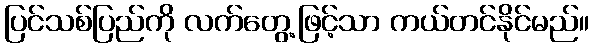
ပြင်သစ်ပြည်ကို လက်တွေ့ဖြင့်သာ ကယ်တင်နိုင်မည်။